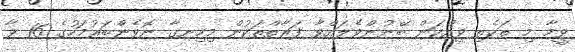
ވީމާ މި ތަކެތި ވިއްކަން ބޭނުންވެލައްވާ ފަރާތްތަކުން މިހިނގާ ނޮވެންބަރުމަހުގެ 16 ވާ